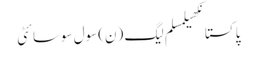
پاکستانکھیلمسلم لیگ (ن)سول سوسائٹی